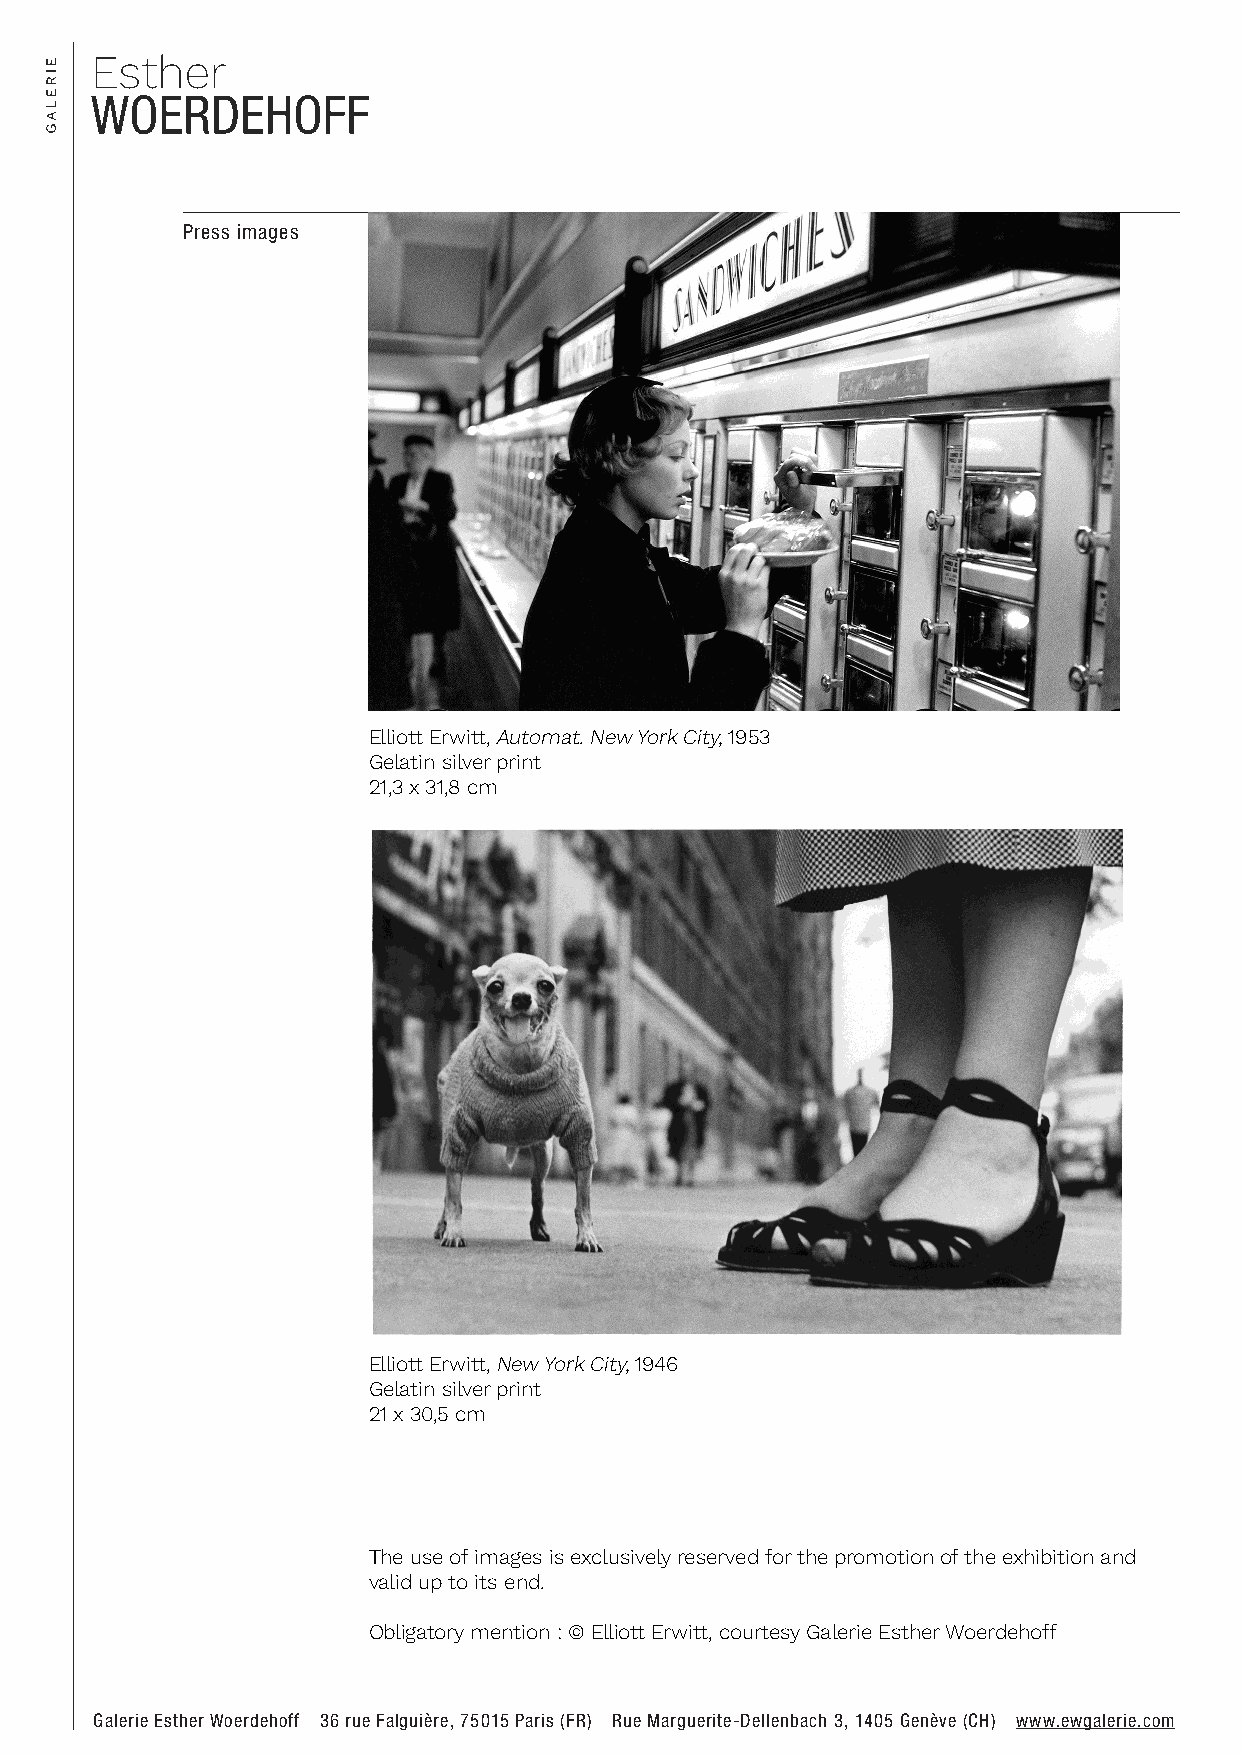
Press images
 Elliott Erwitt, Automat. New York City, 1953
 Gelatin silver print
 21,3 x 31,8 cm
 Elliott Erwitt, New York City, 1946
 Gelatin silver print
 21 x 30,5 cm
 The use of images is exclusively reserved for the promotion of the exhibition and
 valid up to its end.
 Obligatory mention : © Elliott Erwitt, courtesy Galerie Esther Woerdehoff
 Galerie Esther Woerdehoff 36 rue Falguière, 75015 Paris (FR) Rue Marguerite-Dellenbach 3, 1405 Genève (CH) www.ewgalerie.com